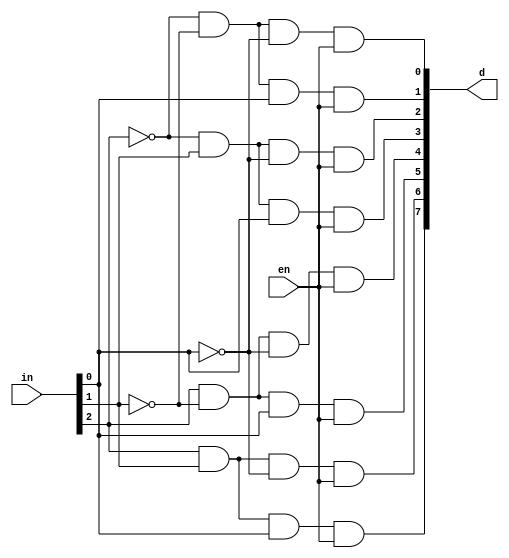
`timescale 1ns / 1ps
//////////////////////////////////////////////////////////////////////////////////
// Company: 
// Engineer: 
// 
// Design Name: 
// Module Name: lab01_3
// Project Name: 
// Target Devices: 
// Tool Versions: 
// Description: 
// 
// Dependencies: 
// 
// Revision:
// Revision 0.01 - File Created
// Additional Comments:
// 
//////////////////////////////////////////////////////////////////////////////////


module lab01_3(
    input en,
    input [2:0]in,
    output [7:0]d
    );
    
    assign d[0] = ~in[2] & ~in[1] & ~in[0] & en;
    assign d[1] = ~in[2] & ~in[1] & in[0] & en;
    assign d[2] = ~in[2] & in[1] & ~in[0] & en;
    assign d[3] = ~in[2] & in[1] & in[0] & en;
    assign d[4] = in[2] & ~in[1] & ~in[0] & en;
    assign d[5] = in[2] & ~in[1] & in[0] & en;
    assign d[6] = in[2] & in[1] & ~in[0] & en;
    assign d[7] = in[2] & in[1] & in[0] & en;

endmodule